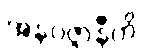
အနဝဇ္ဇာနီတိ